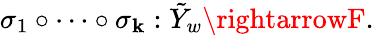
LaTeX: \sigma_{1}\circ\cdots\circ\sigma_{\mathbf{k}}:\tilde{{Y}}_{w}\rightarrowF.